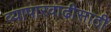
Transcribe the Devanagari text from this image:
व्यापारवाढीसाठी